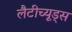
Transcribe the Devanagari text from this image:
लैटीच्यूड्स